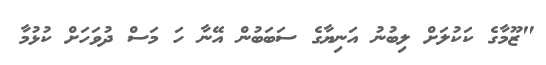
"ޒޫމާގެ ކަކުލަށް ލިބުނު އަނިޔާގެ ސަބަބުން އޭނާ ހަ މަސް ދުވަހަށް ކުޅުމާ